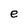
Character: e